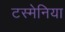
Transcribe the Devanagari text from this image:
टस्मेनिया